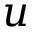
u